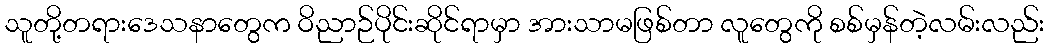
သူတို့တရားဒေသနာတွေက ဝိညာဉ်ပိုင်းဆိုင်ရာမှာ အားသာမဖြစ်တာ လူတွေကို စစ်မှန်တဲ့လမ်းလည်း